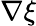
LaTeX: \nabla\xi